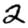
Digit: 2